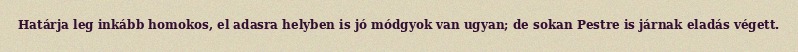
Határja leg inkább homokos, el adasra helyben is jó módgyok van ugyan; de sokan Pestre is járnak eladás végett.